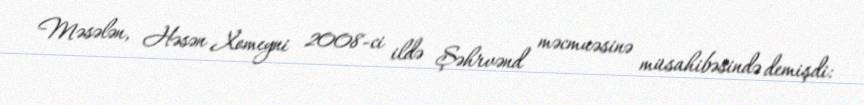
Məsələn, Həsən Xomeyni 2008-ci ildə Şəhrvənd məcmuəsinə müsahibəsində demişdi: